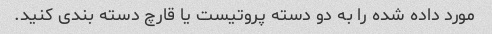
مورد داده شده را به دو دسته پروتیست یا قارچ دسته بندی کنید.